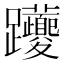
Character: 𨈉